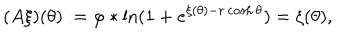
( A \xi ) ( \theta ) : = \varphi \ast \ln ( 1 + e ^ { \xi ( \theta ) - r \cosh \theta } ) = \xi ( \theta ) ,